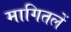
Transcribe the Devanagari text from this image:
मागितलें